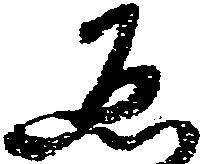
ゑ